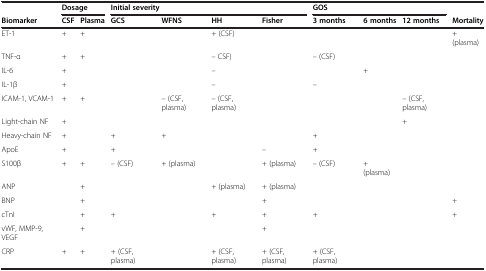
|  | <COLSPAN=2> Dosage | <COLSPAN=4> Initial severity | <COLSPAN=3> GOS |  |
 | Biomarker | CSF | Plasma | GCS | WFNS | HH | Fisher | 3 months | 6 months | 12 months | Mortality |
 | --- | --- | --- | --- | --- | --- | --- | --- | --- | --- | --- |
 | ET-1 | + | + |  |  | + (CSF) |  |  |  |  | + (plasma) |
 | TNF-α | + | + |  |  | – CSF) |  | – (CSF) |  |  |  |
 | IL-6 | + |  |  |  | – |  |  | + |  |  |
 | IL-1β | + |  |  |  | – |  | – |  |  |  |
 | ICAM-1, VCAM-1 | + | + |  | – (CSF, plasma) | – (CSF, plasma) |  |  |  | – (CSF, plasma) |  |
 | Light-chain NF | + |  |  |  |  |  |  |  | + |  |
 | Heavy-chain NF | + |  | + | + |  |  | + |  |  |  |
 | ApoE | + |  | + |  |  | – | + |  |  |  |
 | S100β | + | + | – (CSF) | + (plasma) |  | + (plasma) | – (CSF) | + (plasma) |  |  |
 | ANP |  | + |  |  | + (plasma) | + (plasma) |  |  |  |  |
 | BNP |  | + |  |  |  | + |  |  |  | + |
 | cTnI |  | + | + |  | + | + | + |  |  | + |
 | vWF, MMP-9, VEGF |  | + |  |  |  | + |  |  |  |  |
 | CRP | + | + | + (CSF, plasma) |  | + (CSF, plasma) | + (CSF, plasma) | + (CSF, plasma) |  |  |  |